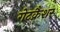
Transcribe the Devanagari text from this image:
गेटक्रैशर